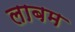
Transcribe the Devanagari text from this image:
लाबम